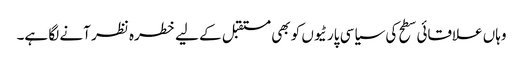
وہاں علاقائی سطح کی سیاسی پارٹیوں کو بھی مستقبل کے لیے خطرہ نظر آنے لگا ہے۔